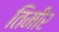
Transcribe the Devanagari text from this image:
तिमीर